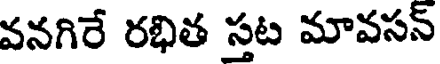
వనగిరే రభిత స్తట మావసన్